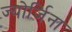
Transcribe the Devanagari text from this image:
ज्योर्जिना